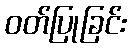
ဝတ်ပြုခြင်း